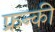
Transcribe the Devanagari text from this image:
फ्रन्की